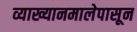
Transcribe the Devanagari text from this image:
व्याख्यानमालेपासून